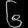
Digit: ၆